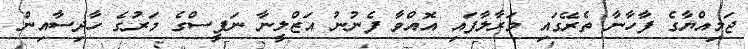
ޖަމިއްޔާގެ ފާހާނާ ތެރޭގައި މަރާލާފައި އޮއްވާ ފެނުނު އަޒްލީނާ ނަފީސްގެ މަރުގެ ހާދިސާއިން